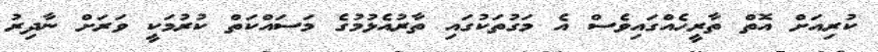
ކުރިއަށް އޮތް ތާރީހެއްގައިވެސް އެ މަގުތަކުގައި ތާރުއެޅުމުގެ މަސައްކަތް ކުރުމަކީ ވަރަށް ނާދިރު